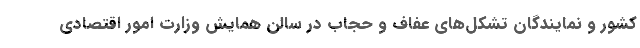
کشور و نمایندگان تشکل‌های عفاف و حجاب در سالن همایش وزارت امور اقتصادی